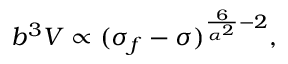
{ b ^ { 3 } V \propto ( \sigma _ { f } - \sigma ) ^ { \frac { 6 } { \alpha ^ { 2 } } - 2 } , }